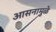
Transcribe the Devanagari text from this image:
आसनामुळे